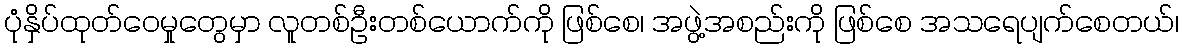
ပုံနှိပ်ထုတ်ဝေမှုတွေမှာ လူတစ်ဦးတစ်ယောက်ကို ဖြစ်စေ၊ အဖွဲ့အစည်းကို ဖြစ်စေ အသရေပျက်စေတယ်၊